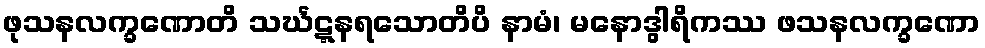
ဖုသနလက္ခဏောတိ သင်္ဃဋ္ဋနရသောတိပိ နာမံ၊ မနောဒွါရိကဿ ဖသနလက္ခဏော